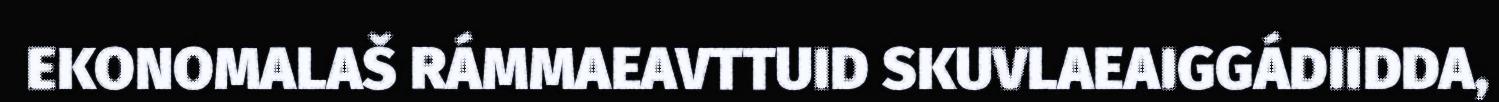
EKONOMALAŠ RÁMMAEAVTTUID SKUVLAEAIGGÁDIIDDA,